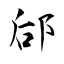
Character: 郈